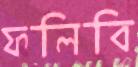
ফলিবি